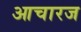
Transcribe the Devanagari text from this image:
आचारज